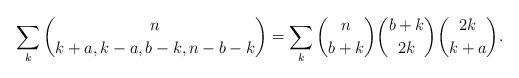
LaTeX: \begin{align*}\sum_k{n\choose k+a,k-a,b-k,n-b-k}=\sum_k{n\choose b+k}{b+k\choose 2k}{2k\choose k+a}.\end{align*}